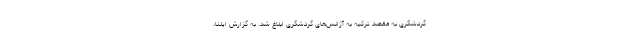
گردشگری به مقصد ترکیه به آژانس‌های گردشگری ابلاغ شد. به گزارش ایلنا،